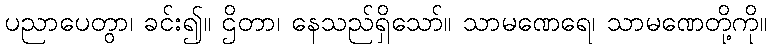
ပညာပေတွာ၊ ခင်း၍။ ဌိတာ၊ နေသည်ရှိသော်။ သာမဏေရေ၊ သာမဏေတို့ကို။